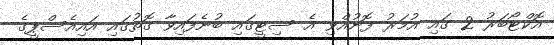
އޮކްޓޯބަރު 2 ގައި އުމަރު ފޮނުއްވި އެ ސިޓީގައި ބުނެފައިވާ ގޮތުގައި އައިއެސްޕީގެ